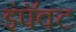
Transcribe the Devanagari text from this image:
इंपॅक्ट